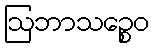
ဩဘာသဉ္စေဝ